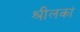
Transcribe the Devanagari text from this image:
श्रीलकां